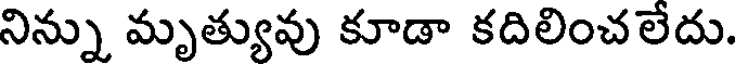
నిన్ను మృత్యువు కూడా కదిలించలేదు.